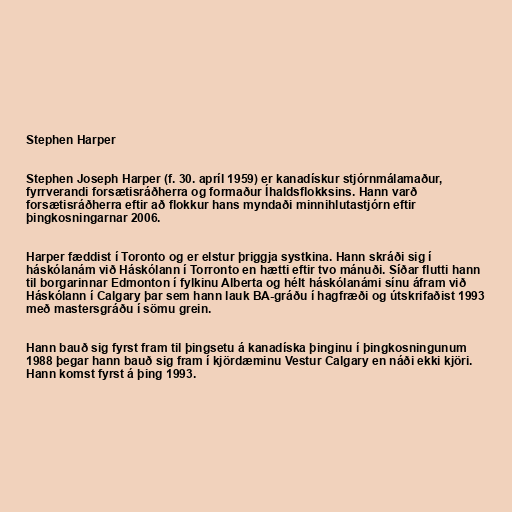
Stephen Harper

Stephen Joseph Harper (f. 30. apríl 1959) er kanadískur stjórnmálamaður,
fyrrverandi forsætisráðherra og formaður Íhaldsflokksins. Hann varð
forsætisráðherra eftir að flokkur hans myndaði minnihlutastjórn eftir
þingkosningarnar 2006.

Harper fæddist í Toronto og er elstur þriggja systkina. Hann skráði sig í
háskólanám við Háskólann í Torronto en hætti eftir tvo mánuði. Síðar flutti hann
til borgarinnar Edmonton í fylkinu Alberta og hélt háskólanámi sínu áfram við
Háskólann í Calgary þar sem hann lauk BA-gráðu í hagfræði og útskrifaðist 1993
með mastersgráðu í sömu grein.

Hann bauð sig fyrst fram til þingsetu á kanadíska þinginu í þingkosningunum
1988 þegar hann bauð sig fram í kjördæminu Vestur Calgary en náði ekki kjöri.
Hann komst fyrst á þing 1993.